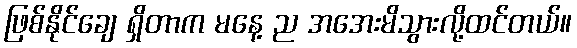
ဖြစ်နိုင်ချေ ရှိတာက မနေ့ ည အအေးမိသွားလို့ထင်တယ်။